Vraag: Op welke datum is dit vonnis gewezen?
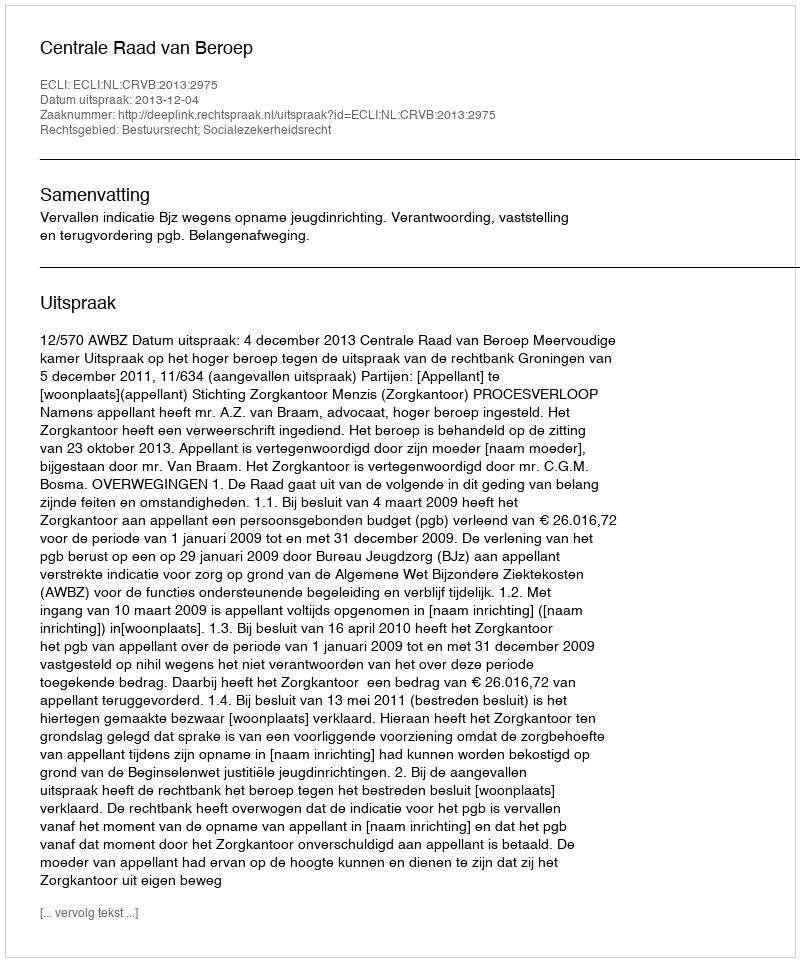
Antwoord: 2013-12-04